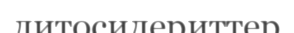
литосидериттер